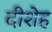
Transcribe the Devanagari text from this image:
दीशेह